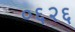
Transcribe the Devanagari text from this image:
०६२६